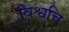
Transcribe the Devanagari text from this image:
विश्वचि